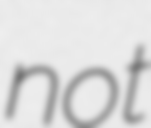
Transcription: not